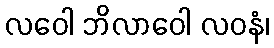
လဝေါ ဘိလာဝေါ လဝနံ၊